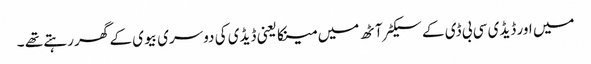
میں اور ڈیڈی سی بی ڈی کے سیکٹر آٹھ میں مینکا یعنی ڈیڈی کی دوسری بیوی کے گھر رہتے تھے ۔